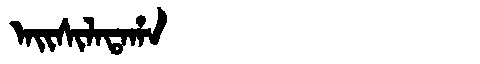
Manchu: ᠠᡳᠰᡳᠯᠠᡨᠠᡥᠠ
Romanization: AISILATAHA